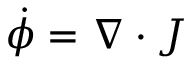
\dot { \phi } = \nabla \cdot \boldsymbol { J }